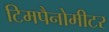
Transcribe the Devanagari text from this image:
टिमपैनोमीटर